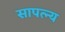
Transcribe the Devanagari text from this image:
सापत्न्य